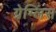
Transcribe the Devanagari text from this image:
ग्रेम्लिंस